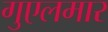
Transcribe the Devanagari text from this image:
गुएलमार